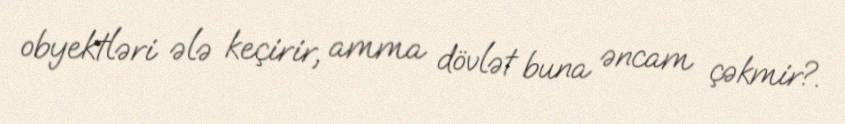
obyektləri ələ keçirir, amma dövlət buna əncam çəkmir?.